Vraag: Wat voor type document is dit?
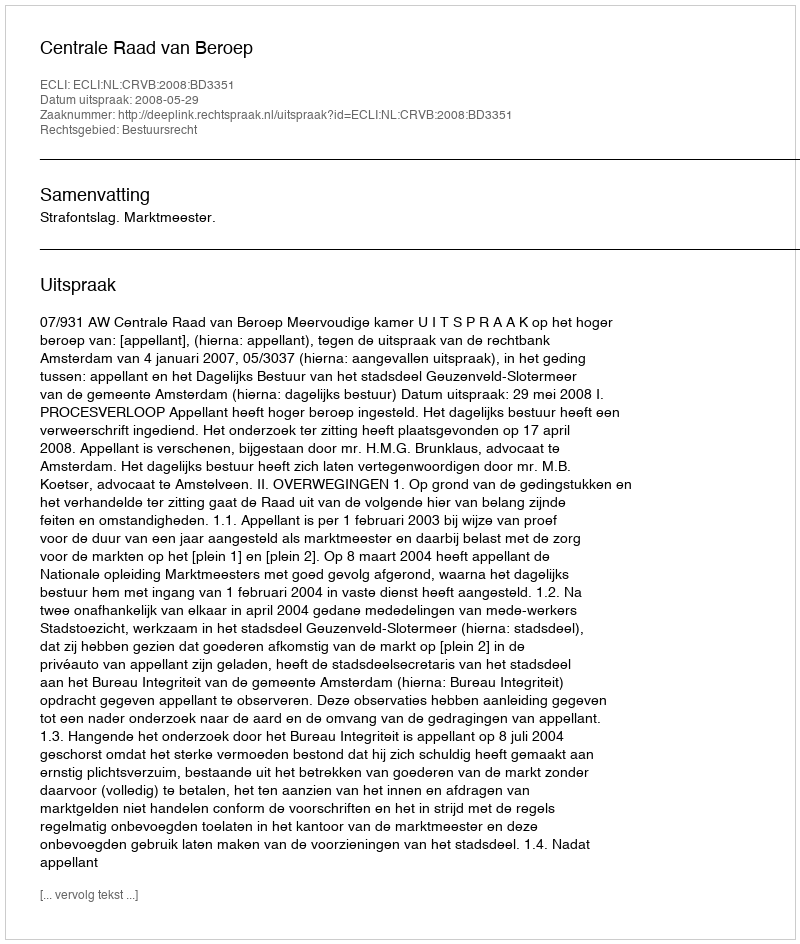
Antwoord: Uitspraak